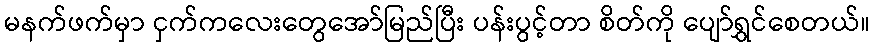
မနက်ဖက်မှာ ငှက်ကလေးတွေအော်မြည်ပြီး ပန်းပွင့်တာ စိတ်ကို ပျော်ရွှင်စေတယ်။